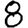
Digit: 8